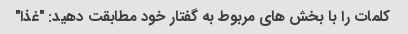
کلمات را با بخش های مربوط به گفتار خود مطابقت دهید: "غذا"